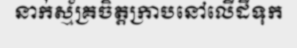
នាក់ស្ម័គ្រចិត្តក្រាបនៅលើដីទុក